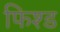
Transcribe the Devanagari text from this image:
फिश्ड